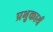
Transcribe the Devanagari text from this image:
प्रभुकार्य